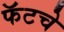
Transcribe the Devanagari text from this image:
फॅटचे